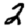
Digit: 2